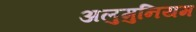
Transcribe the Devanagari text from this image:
अलुमुनियम